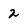
Character: 2